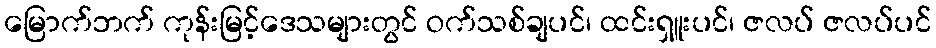
မြောက်ဘက် ကုန်းမြင့်ဒေသများတွင် ဝက်သစ်ချပင်၊ ထင်းရှူးပင်၊ ဇလပ် ဇလပ်ပင်